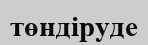
төндіруде